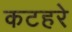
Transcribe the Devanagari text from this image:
कटहरे